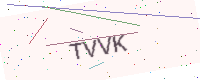
Text: TVVK